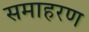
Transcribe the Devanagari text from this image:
समाहरण